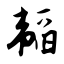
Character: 韬